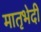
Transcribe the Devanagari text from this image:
मातृभेदी